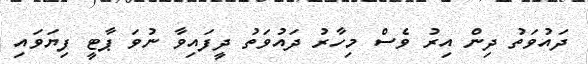
ދައުވަތު ދިން އިރު ވެސް މިހާރު ދައުވަތު ދީފައިވާ ނުވަ ޕާޓީ ފިޔަވައި